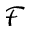
\mathcal { F }